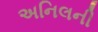
અનિલની